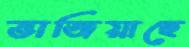
ভাজিয়াছে